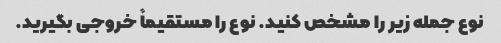
نوع جمله زیر را مشخص کنید. نوع را مستقیماً خروجی بگیرید.